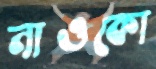
নাওকো